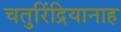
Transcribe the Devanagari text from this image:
चतुरिंद्रियानाह